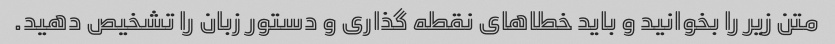
متن زیر را بخوانید و باید خطاهای نقطه گذاری و دستور زبان را تشخیص دهید.